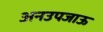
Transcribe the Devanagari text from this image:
अनउपजाऊ